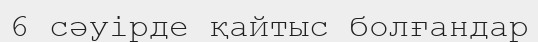
6 сәуірде қайтыс болғандар